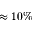
\approx 1 0 \%